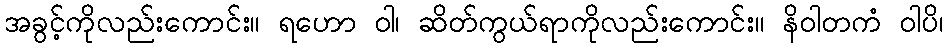
အခွင့်ကိုလည်းကောင်း။ ရဟော ဝါ၊ ဆိတ်ကွယ်ရာကိုလည်းကောင်း။ နိဝါတကံ ဝါပိ၊